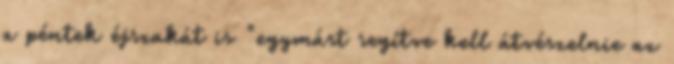
a péntek éjszakát is "egymást segítve kell átvészelnie az